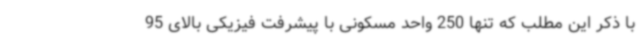
با ذکر این مطلب که تنها 250 واحد مسکونی با پیشرفت فیزیکی بالای 95